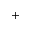
^ { + }